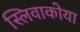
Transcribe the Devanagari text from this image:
स्लिवाकोया